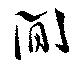
閒